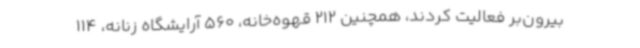
بیرون‌بر فعالیت کردند، همچنین 212 قهوه‌خانه، 560 آرایشگاه زنانه، 114